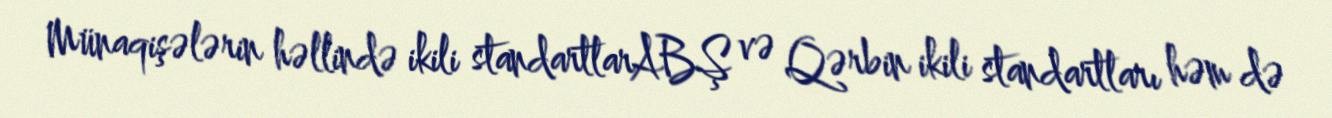
Münaqişələrin həllində ikili standartlarABŞ və Qərbin ikili standartları həm də